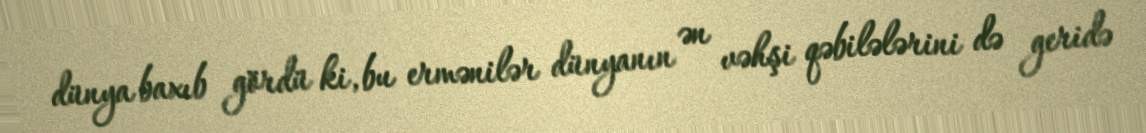
dünya baxıb gördü ki, bu ermənilər dünyanın ən vəhşi qəbilələrini də geridə